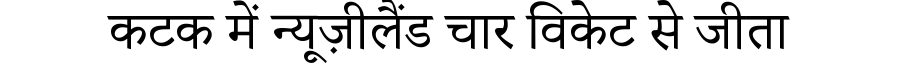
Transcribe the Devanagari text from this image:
कटक में न्यूज़ीलैंड चार विकेट से जीता